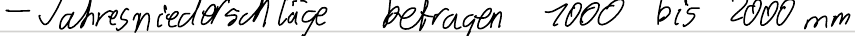
- Jahresniederschläge betragen 1000 bis 2000 mm